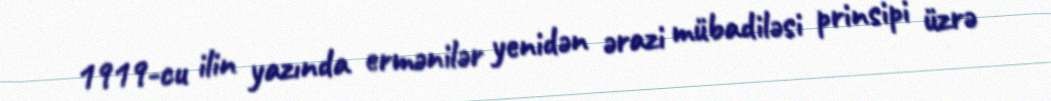
1919-cu ilin yazında ermənilər yenidən ərazi mübadiləsi prinsipi üzrə